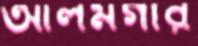
আলমগীর